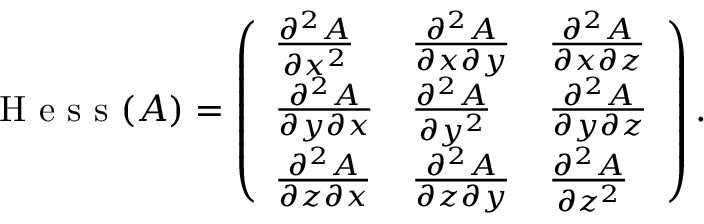
\textrm { H e s s } ( A ) = \left( \begin{array} { l l l } { \frac { \partial ^ { 2 } A } { \partial x ^ { 2 } } } & { \frac { \partial ^ { 2 } A } { \partial x \partial y } } & { \frac { \partial ^ { 2 } A } { \partial x \partial z } } \\ { \frac { \partial ^ { 2 } A } { \partial y \partial x } } & { \frac { \partial ^ { 2 } A } { \partial y ^ { 2 } } } & { \frac { \partial ^ { 2 } A } { \partial y \partial z } } \\ { \frac { \partial ^ { 2 } A } { \partial z \partial x } } & { \frac { \partial ^ { 2 } A } { \partial z \partial y } } & { \frac { \partial ^ { 2 } A } { \partial z ^ { 2 } } } \end{array} \right) .